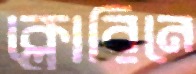
ক্লোরিনে